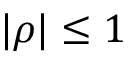
\vert \rho \vert \le 1